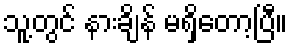
သူ့တွင် နားချိန် မရှိတော့ပြီ။